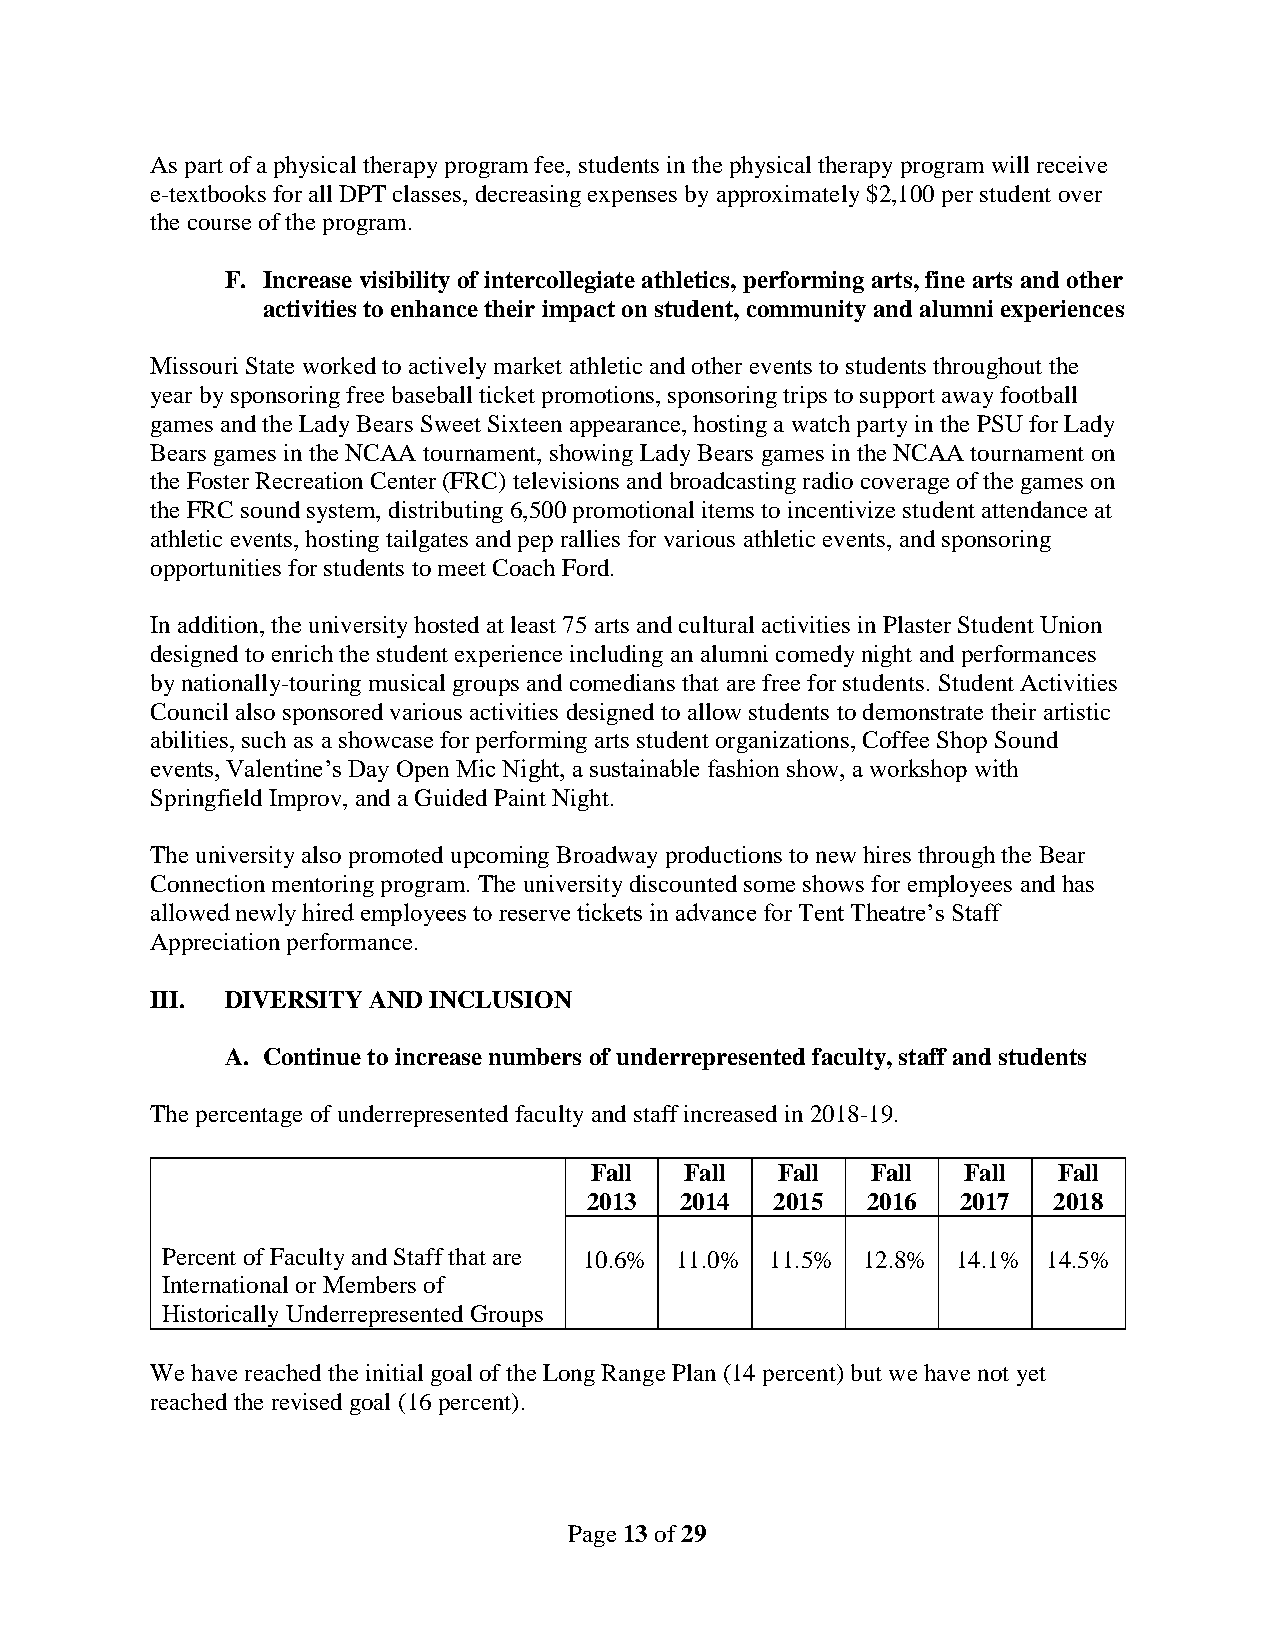
As part of a physical therapy program fee, students in the physical therapy program will receive
 e-textbooks for all DPT classes, decreasing expenses by approximately $2,100 per student over
 the course of the program.
 F. Increase visibility of intercollegiate athletics, performing arts, fine arts and other
 activities to enhance their impact on student, community and alumni experiences
 Missouri State worked to actively market athletic and other events to students throughout the
 year by sponsoring free baseball ticket promotions, sponsoring trips to support away football
 games and the Lady Bears Sweet Sixteen appearance, hosting a watch party in the PSU for Lady
 Bears games in the NCAA tournament, showing Lady Bears games in the NCAA tournament on
 the Foster Recreation Center (FRC) televisions and broadcasting radio coverage of the games on
 the FRC sound system, distributing 6,500 promotional items to incentivize student attendance at
 athletic events, hosting tailgates and pep rallies for various athletic events, and sponsoring
 opportunities for students to meet Coach Ford.
 In addition, the university hosted at least 75 arts and cultural activities in Plaster Student Union
 designed to enrich the student experience including an alumni comedy night and performances
 by nationally-touring musical groups and comedians that are free for students. Student Activities
 Council also sponsored various activities designed to allow students to demonstrate their artistic
 abilities, such as a showcase for performing arts student organizations, Coffee Shop Sound
 events, Valentine’s Day Open Mic Night, a sustainable fashion show, a workshop with
 Springfield Improv, and a Guided Paint Night.
 The university also promoted upcoming Broadway productions to new hires through the Bear
 Connection mentoring program. The university discounted some shows for employees and has
 allowed newly hired employees to reserve tickets in advance for Tent Theatre’s Staff
 Appreciation performance.
 III. DIVERSITY AND INCLUSION
 A. Continue to increase numbers of underrepresented faculty, staff and students
 The percentage of underrepresented faculty and staff increased in 2018-19.
 Fall  Fall  Fall   Fall  Fall  Fall
 2013  2014  2015  2016   2017  2018
 Percent of Faculty and Staff that are 10.6% 11.0% 11.5% 12.8% 14.1% 14.5%
 International or Members of
 Historically Underrepresented Groups
 We have reached the initial goal of the Long Range Plan (14 percent) but we have not yet
 reached the revised goal (16 percent).
 Page 13 of 29